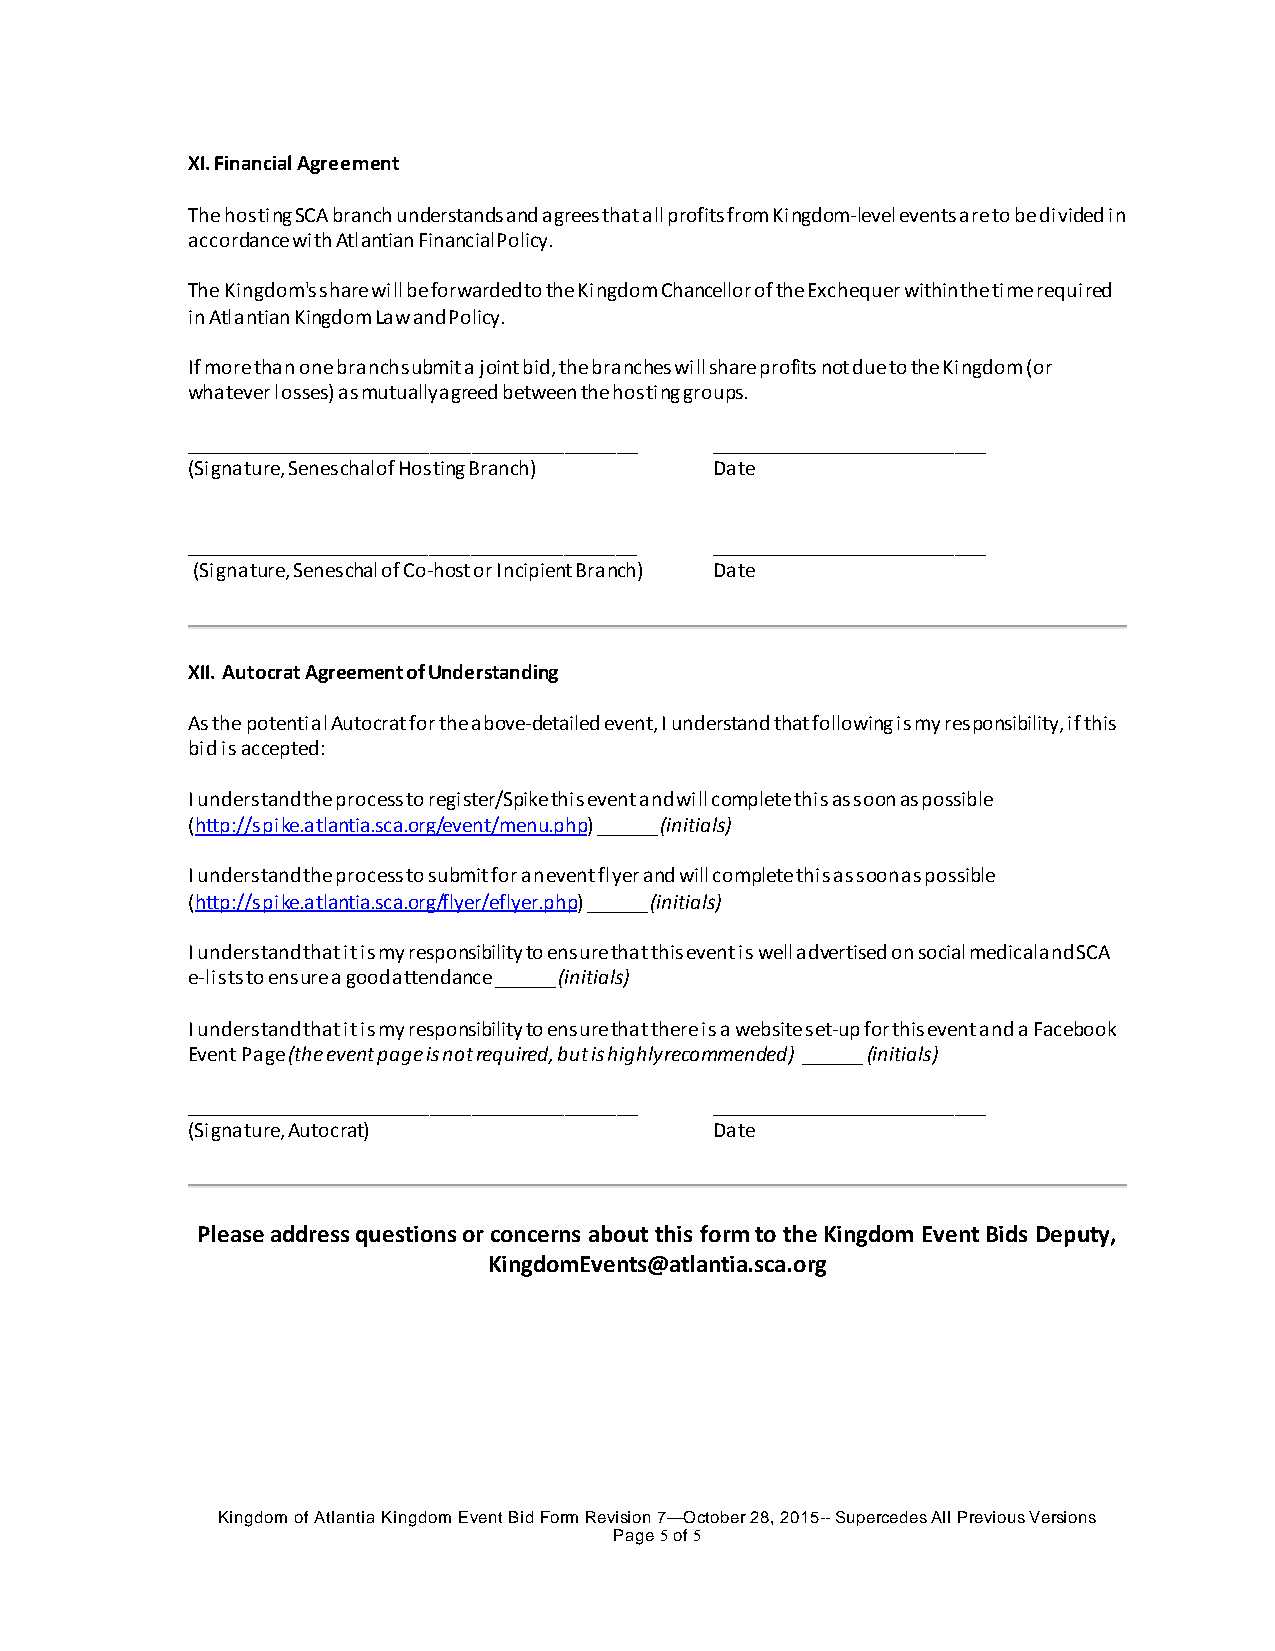
XI. Financial Agreement
 The hosting SCA branch understands and agrees that all profits from Kingdom-level events are to be divided in
 accordance with Atlantian Financial Policy.
 The Kingdom's share will be forwarded to the Kingdom Chancellor of the Exchequer within the time required
 in Atlantian Kingdom Law and Policy.
 If more than one branch submit a joint bid, the branches will share profits not due to the Kingdom (or
 whatever losses) as mutually agreed between the hosting groups.
 ____________________________________________ ___________________________
 (Signature, Seneschal of Hosting Branch) Date
 ____________________________________________ ___________________________
 (Signature, Seneschal of Co-host or Incipient Branch) Date
 XII. Autocrat Agreement of Understanding
 As the potential Autocrat for the above-detailed event, I understand that following is my responsibility, if this
 bid is accepted:
 I understand the process to register/Spike this event and will complete this as soon as possible
 (http://spike.atlantia.sca.org/event/menu.php) ______ (initials)
 I understand the process to submit for an event flyer and will complete this as soon as possible
 (http://spike.atlantia.sca.org/flyer/eflyer.php) ______ (initials)
 I understand that it is my responsibility to ensure that this event is well advertised on social medical and SCA
 e-lists to ensure a good attendance ______ (initials)
 I understand that it is my responsibility to ensure that there is a website set-up for this event and a Facebook
 Event Page (the event page is not required, but is highly recommended) ______ (initials)
 ____________________________________________ ___________________________
 (Signature, Autocrat)              Date
 Please address questions or concerns about this form to the Kingdom Event Bids Deputy,
 KingdomEvents@atlantia.sca.org
 Kingdom of Atlantia Kingdom Event Bid Form Revision 7—October 28, 2015-- Supercedes All Previous Versions
 Page 5 of 5